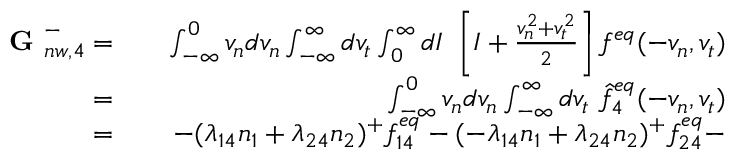
\begin{array} { r l r } { \textbf { G } _ { n w , 4 } ^ { - } = } & { { } } & { \int _ { - \infty } ^ { 0 } v _ { n } d v _ { n } \int _ { - \infty } ^ { \infty } d v _ { t } \int _ { 0 } ^ { \infty } d I \ \left[ I + \frac { v _ { n } ^ { 2 } + v _ { t } ^ { 2 } } { 2 } \right] f ^ { e q } ( - v _ { n } , v _ { t } ) } \\ { = } & { { } } & { \int _ { - \infty } ^ { 0 } v _ { n } d v _ { n } \int _ { - \infty } ^ { \infty } d v _ { t } \ \hat { f } _ { 4 } ^ { e q } ( - v _ { n } , v _ { t } ) } \\ { = } & { { } } & { - ( \lambda _ { 1 4 } n _ { 1 } + \lambda _ { 2 4 } n _ { 2 } ) ^ { + } f _ { 1 4 } ^ { e q } - ( - \lambda _ { 1 4 } n _ { 1 } + \lambda _ { 2 4 } n _ { 2 } ) ^ { + } f _ { 2 4 } ^ { e q } - } \end{array}